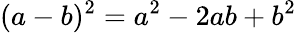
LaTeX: (a-b)^{2}=a^{2}-2ab+b^{2}